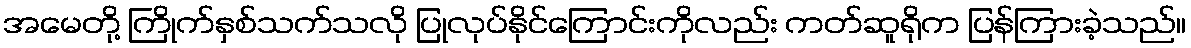
အမေတို့ ကြိုက်နှစ်သက်သလို ပြုလုပ်နိုင်ကြောင်းကိုလည်း ကတ်ဆူရိုက ပြန်ကြားခဲ့သည်။